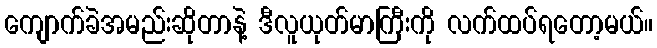
ကျောက်ခဲအမည်းဆိုတာနဲ့ ဒီလူယုတ်မာကြီးကို လက်ထပ်ရတော့မယ်။